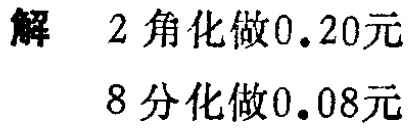
解 2 角化做\(0.20\)元

8 分化做\(0.08\)元